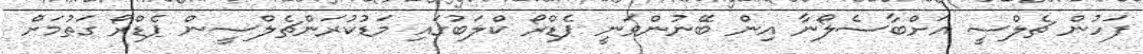
ފަހުން ޗެލްސީ އަށްބާސެލޯނާ އިން ބޭނުންވަނީ ޕެޑްރޯ ކްލަބުގައި މަޑުކުރަންޗެލްސީން ޕެޑްރޯ ގަތުމަށް